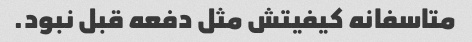
متاسفانه کیفیتش مثل دفعه قبل نبود.